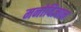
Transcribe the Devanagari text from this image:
मनोविज्ञान